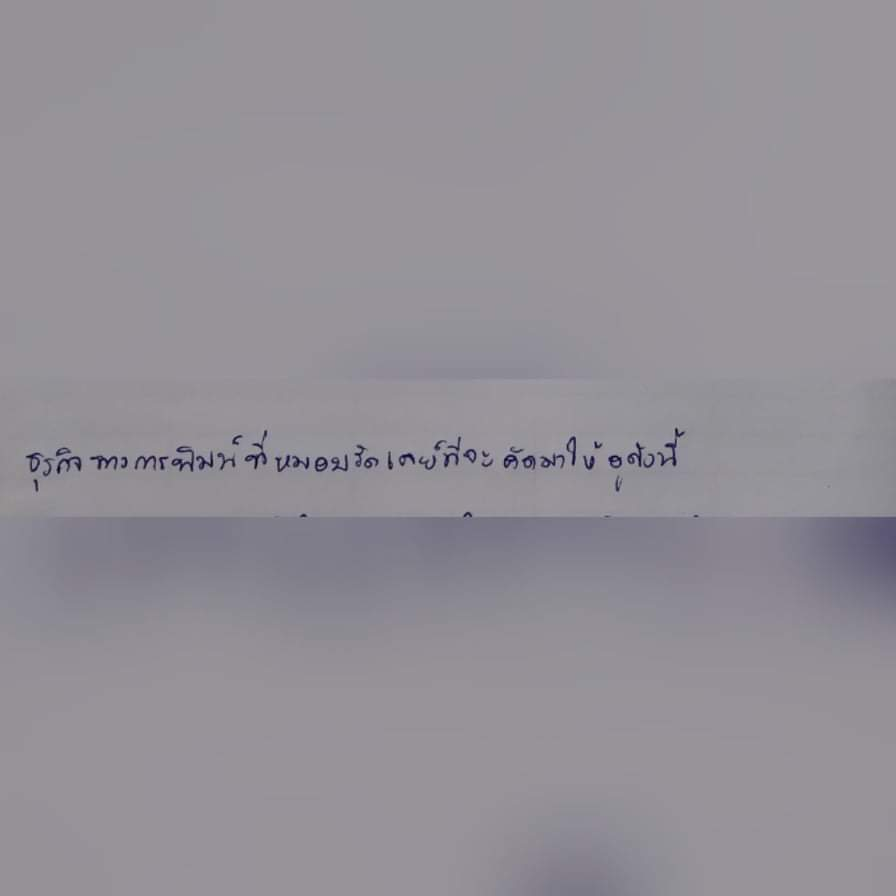
ธุรกิจทางการพิมพ์ที่หมอบรัดเลย์ที่จะคัดมาให้ดูดังนี้